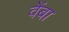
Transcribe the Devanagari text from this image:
वेंबा